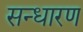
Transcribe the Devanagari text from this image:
सन्‍धारण